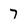
Character: 7